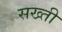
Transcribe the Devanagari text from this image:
सख्‍ती